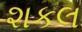
શકલ